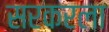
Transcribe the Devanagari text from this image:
सरकरला